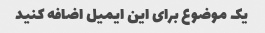
یک موضوع برای این ایمیل اضافه کنید